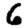
Digit: 6